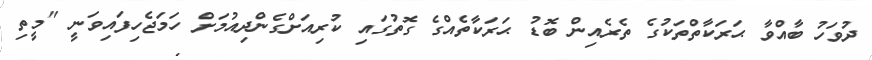
ދުވަހު ބާއްވާ ޙަރަކާތްތަކުގެ ތެރެއިން ބޮޑު ޙަރަކާތެއްގެ ގޮތުގައި ކުރިއަށްގެންދިއުމަށް ހަމަޖެހިފައިވަނީ "މީތި